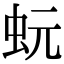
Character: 蚖